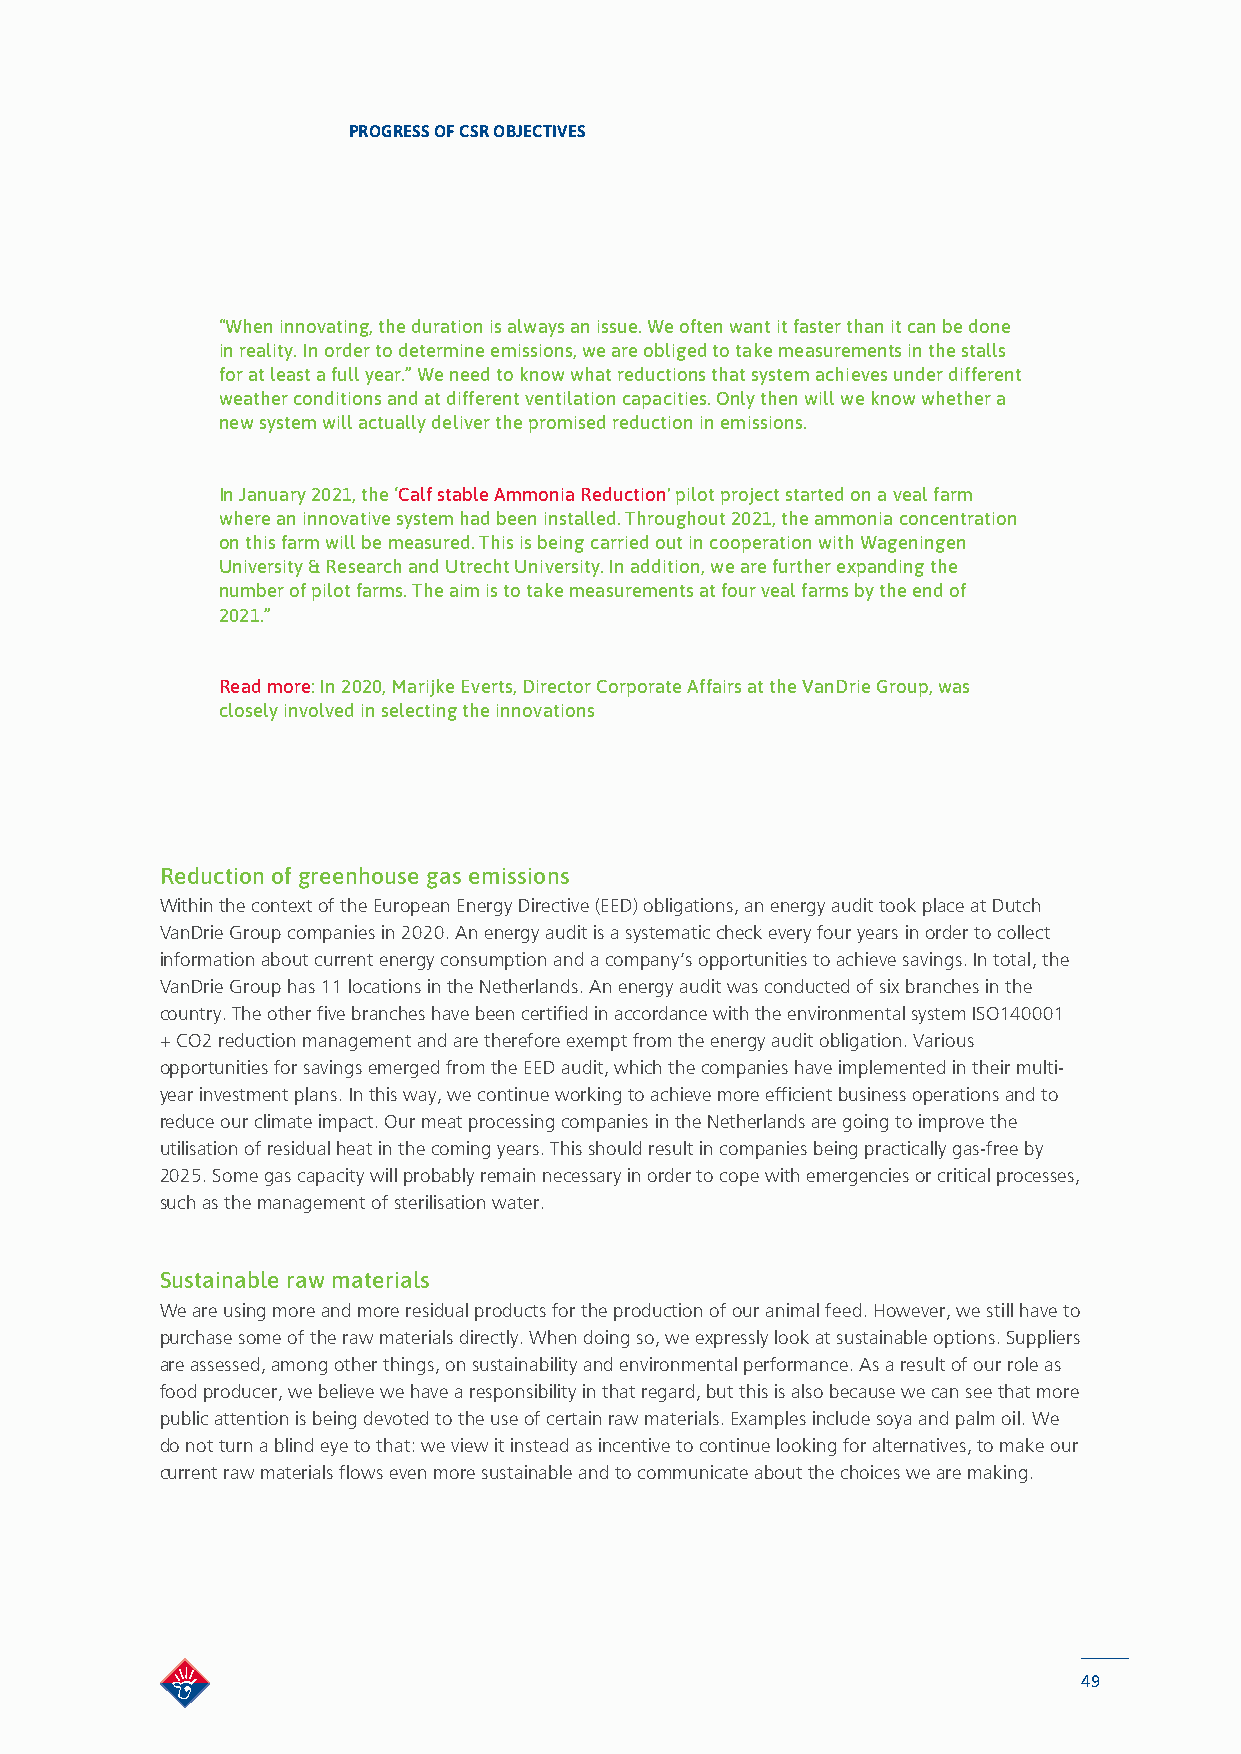
PROGRESS OF CSR OBJECTIVES
 “When innovating, the duration is always an issue. We often want it faster than it can be done
 in reality. In order to determine emissions, we are obliged to take measurements in the stalls
 for at least a full year.” We need to know what reductions that system achieves under different
 weather conditions and at different ventilation capacities. Only then will we know whether a
 new system will actually deliver the promised reduction in emissions.
 In January 2021, the ‘Calf stable Ammonia Reduction' pilot project started on a veal farm
 where an innovative system had been installed. Throughout 2021, the ammonia concentration
 on this farm will be measured. This is being carried out in cooperation with Wageningen
 University & Research and Utrecht University. In addition, we are further expanding the
 number of pilot farms. The aim is to take measurements at four veal farms by the end of
 2021.”
 Read more: In 2020, Marijke Everts, Director Corporate Affairs at the VanDrie Group, was
 closely involved in selecting the innovations
 Reduction of greenhouse gas emissions
 Within the context of the European Energy Directive (EED) obligations, an energy audit took place at Dutch
 VanDrie Group companies in 2020. An energy audit is a systematic check every four years in order to collect
 information about current energy consumption and a company’s opportunities to achieve savings. In total, the
 VanDrie Group has 11 locations in the Netherlands. An energy audit was conducted of six branches in the
 country. The other five branches have been certified in accordance with the environmental system ISO140001
 + CO2 reduction management and are therefore exempt from the energy audit obligation. Various
 opportunities for savings emerged from the EED audit, which the companies have implemented in their multi-
 year investment plans. In this way, we continue working to achieve more efficient business operations and to
 reduce our climate impact. Our meat processing companies in the Netherlands are going to improve the
 utilisation of residual heat in the coming years. This should result in companies being practically gas-free by
 2025. Some gas capacity will probably remain necessary in order to cope with emergencies or critical processes,
 such as the management of sterilisation water.
 Sustainable raw materials
 We are using more and more residual products for the production of our animal feed. However, we still have to
 purchase some of the raw materials directly. When doing so, we expressly look at sustainable options. Suppliers
 are assessed, among other things, on sustainability and environmental performance. As a result of our role as
 food producer, we believe we have a responsibility in that regard, but this is also because we can see that more
 public attention is being devoted to the use of certain raw materials. Examples include soya and palm oil. We
 do not turn a blind eye to that: we view it instead as incentive to continue looking for alternatives, to make our
 current raw materials flows even more sustainable and to communicate about the choices we are making.
 49